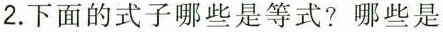
2.下面的式子哪些是等式?哪些是